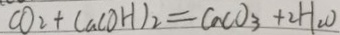
C O _ { 2 } + C a C O H ) _ { 2 } = C a C O _ { 3 } + 2 H _ { 2 } O